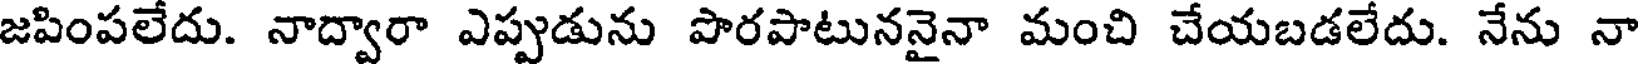
జపింపలేదు. నాద్వారా ఎప్పుడును పొరపాటుననైనా మంచి చేయబడలేదు. నేను నా